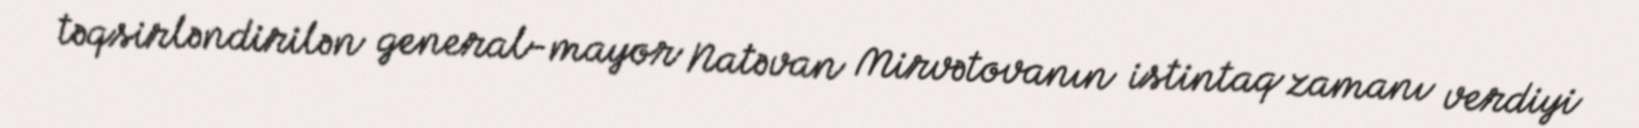
təqsirləndirilən general-mayor Natəvan Mirvətovanın istintaq zamanı verdiyi